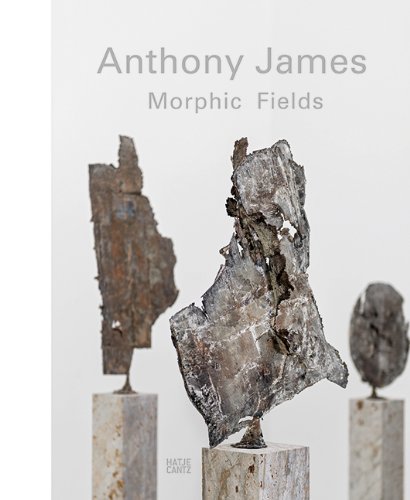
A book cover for Anthony James: Morphic Fields; Katja Eichinger; Arts & Photography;